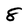
Character: 8